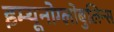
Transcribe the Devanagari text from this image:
इम्यूनोग्लोबुलिन्स